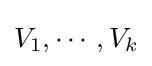
V_{1},\cdots ,V_{k}